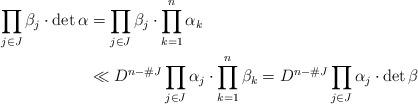
LaTeX: \begin{align*} \prod_{j \in J} \beta_j \cdot \det \alpha & = \prod_{j \in J} \beta_j \cdot \prod_{k=1}^n \alpha_k\\& \ll D^{n-\# J} \prod_{j \in J} \alpha_j \cdot \prod_{k=1}^n \beta_k = D^{n-\# J} \prod_{j \in J} \alpha_j \cdot \det \beta\end{align*}